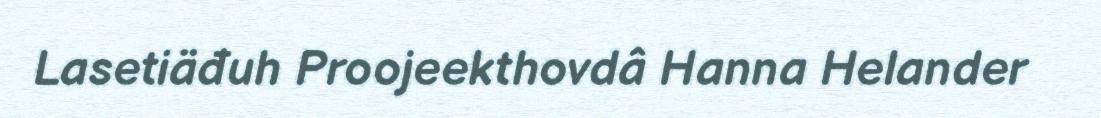
Lasetiäđuh Proojeekthovdâ Hanna Helander